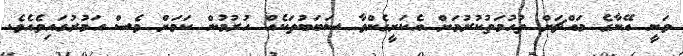
ވަނީ އޭނާގެ މައްޗަށް ތުހުމަތުކުރުމަށް އެކަށީގެންވާ ސަބަބުތަކެއް ހުރުމުން ކަމަށް ވެސް އަމުރުގައިވެއެވެ.